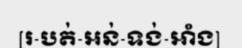
[រ-បត់-អន់-ទង់-អាំង]